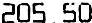
205.50